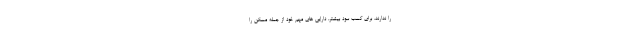
را ندارند، برای کسب سود بیشتر، دارایی های مهم خود از جمله مسکن را